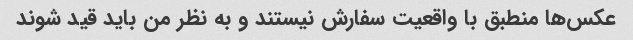
عکس‌ها منطبق با واقعیت سفارش نیستند و به نظر من باید قید شوند